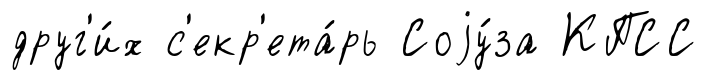
друг'и́х с'екр'ета́рь Соjу́за КПСС